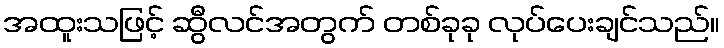
အထူးသဖြင့် ဆွီလင်အတွက် တစ်ခုခု လုပ်ပေးချင်သည်။